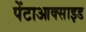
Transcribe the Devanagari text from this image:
पेंटाआक्साइड